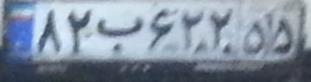
۸۲ب۶۲۲۵۵